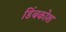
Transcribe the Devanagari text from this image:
डिंबकोश